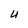
Character: U